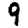
Digit: 9